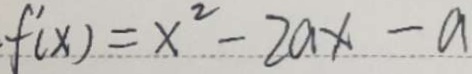
f ^ { \prime } ( x ) = x ^ { 2 } - 2 a x - a